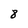
Character: 8